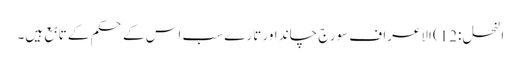
النحل :12) الاعراف سورج چاند اور تارے سب اس کے حکم کے تابع ہیں۔